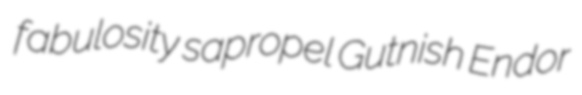
fabulosity sapropel Gutnish Endor